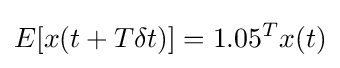
E[x(t+T\delta t)]=1.05^{T}x(t)